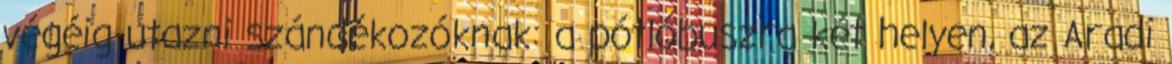
végéig utazni szándékozóknak: a pótlóbuszra két helyen, az Aradi